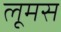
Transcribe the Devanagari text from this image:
लूमस